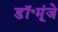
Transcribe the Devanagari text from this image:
डॉ॰मूंजे